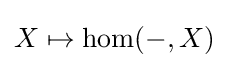
X\mapsto \mathrm {hom} (-,X)